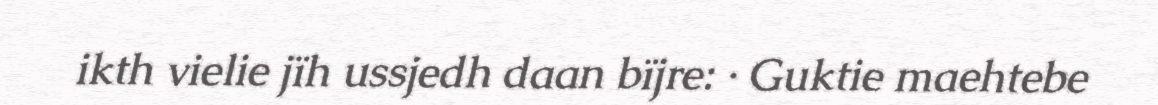
ikth vielie jïh ussjedh daan bïjre: · Guktie maehtebe